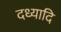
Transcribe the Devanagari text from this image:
दध्यादि